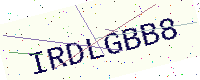
Text: IRDLGBB8